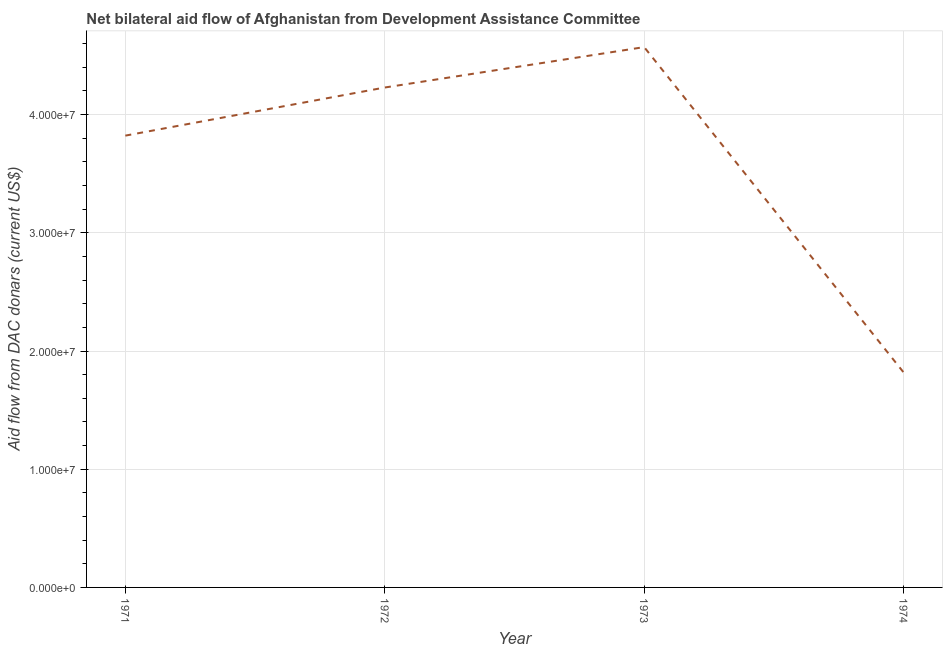
| Year | Net bilateral aid flows from DAC donors |
 | --- | --- |
 | 1971 | 3.82e+07 |
 | 1972 | 4.23e+07 |
 | 1973 | 4.57e+07 |
 | 1974 | 1.82e+07 |